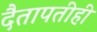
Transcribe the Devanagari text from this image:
दैतापतीही